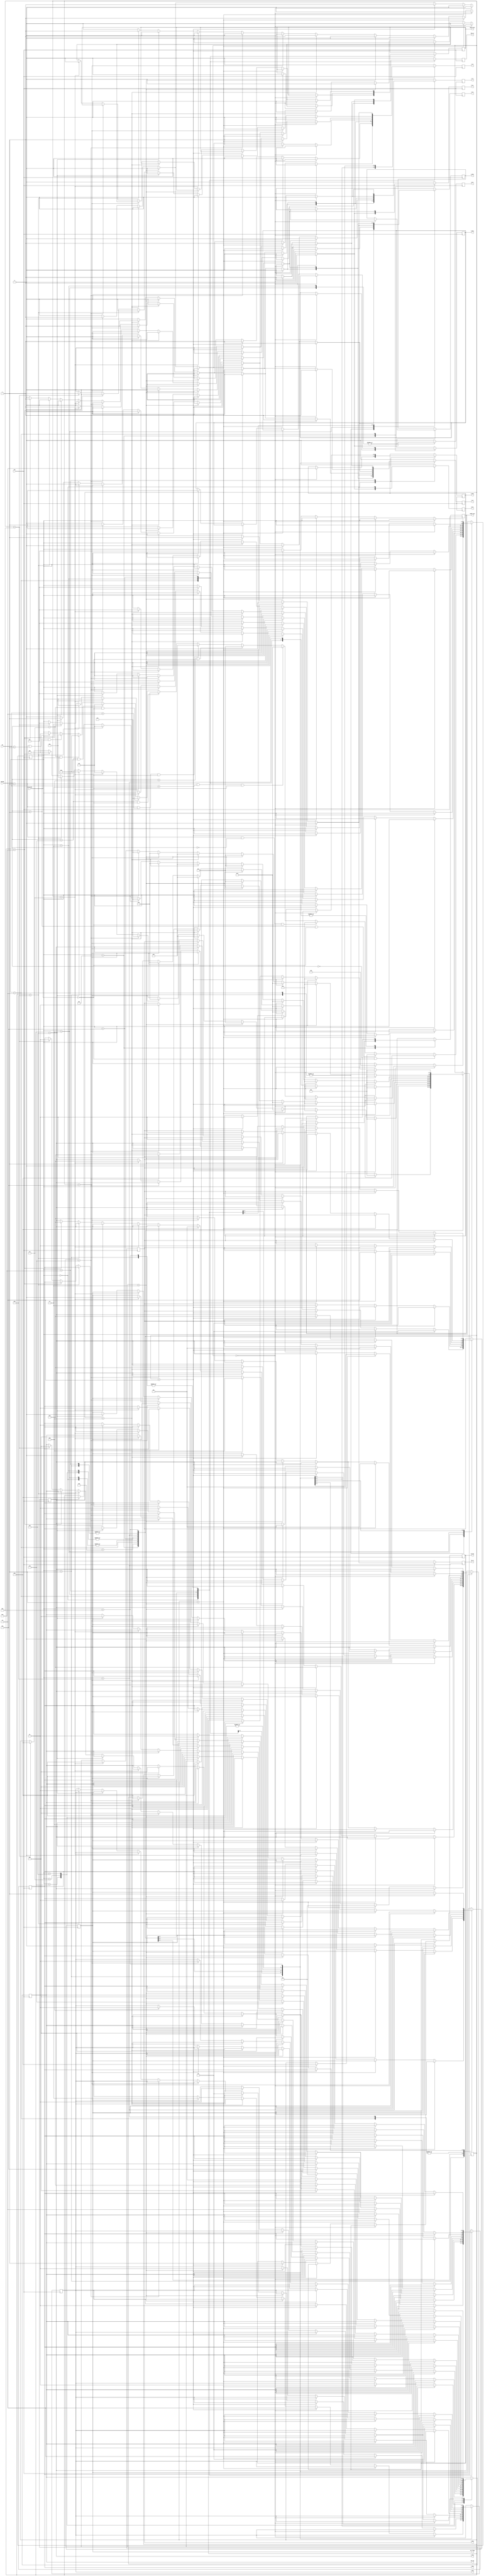
/*
Finite State Machine for Apollo Guidance Computer build
*/

`define AD 3'd0
`define SU 3'd1
`define MASK 3'd2
`define MP0 3'd3
`define MP1 3'd4
`define DV0 3'd5
`define DV1 3'd6

module controlPulses (
	input clk,
	input [2:0] opcode,
	input [1:0] qc,
	input extracode,
	output reg ext_flag, mem_wr, lp_wr, g_wr, q_wr, b_wr, a_wr, y_wr, x_wr, z_wr,
	output reg maddr_mux, mdata_mux, lp_mux, g_mux, b_mux,
	output reg [1:0] q_mux, a_mux, x_mux, z_mux,
	output reg [2:0] alu_op, y_mux
	);

	// state variables
	reg [4:0] state;
	reg [4:0] count;

	// state constants
	parameter preLoad = 5'd12; // For getting stuff out of memory
	parameter Load = 5'd13; // For executing: Mem(PC) into B
	parameter Tc = 5'd0;
	parameter Ccs = 5'd1;
	parameter Index = 5'd2;
	parameter Xch = 5'd3;
	parameter Cs = 5'd4;
	parameter Ts = 5'd5;
	parameter Ad = 5'd6;
	parameter Mask = 5'd7;
	parameter Su = 5'd8;
	parameter Mp = 5'd9;
	parameter Dv = 5'd10;
	parameter Extend = 5'd11;

	initial state = preLoad;
	initial count = 0;
	initial z_wr = 0;
	initial ext_flag = 0;
	initial a_wr = 0;
	initial b_wr = 0;
	initial x_wr = 0;
	initial y_wr = 0;
	initial q_wr = 0;
	initial lp_wr = 0;
	initial g_wr = 0; 
	initial mem_wr = 0; 

	// mapping state to output wr/mux flags
	always @ (posedge clk) begin

		mem_wr <= 0;
		lp_wr <= 0;
		g_wr <= 0;
		q_wr <= 0;
		b_wr <= 0;
		a_wr <= 0;
		y_wr <= 0;
		x_wr <= 0;
		z_wr <= 0;

		case(state)

			preLoad : begin 
				if (count == 0) begin
					maddr_mux<=0; b_mux<=0; b_wr<=1;
					count <= 1;
				end

				else if (count == 1) begin
					state <= Load;
					count <= 0;
				end
				
			end

			Load : begin
				if (opcode == 3'd0 && extracode == 0) begin
					state <= Tc;
					count <= 0;
				end

				else if (opcode == 3'd1 && extracode == 0) begin
					state <= Ccs;
					count <= 0;
				end

				else if (opcode == 3'd5 && qc == 2'd0 && extracode == 0) begin
					state <= Index;
					count <= 0;
				end

				else if (opcode == 3'd5 && qc == 2'd3 && extracode == 0) begin
					state <= Xch;
					count <= 0;
				end

				else if (opcode == 3'd4 && extracode == 0) begin
					state <= Cs;
					count <= 0;
				end

				else if (opcode == 3'd5 && qc == 2'd2 && extracode == 0) begin
					state <= Ts;
					count <= 0;
				end

				else if (opcode == 3'd6 && extracode == 0) begin
					state <= Ad;
					count <= 0;
				end

				else if (opcode == 3'd7 && extracode == 0) begin
					state <= Mask;
					count <= 0;
				end

				else if (opcode == 3'd6 && extracode == 1) begin
					state <= Su;
					count <= 0;
				end

				else if (opcode == 3'd7 && extracode == 1) begin
					state <= Mp;
					count <= 0;
				end

				else if (opcode == 3'd1 && extracode == 1) begin
					state <= Dv;
					count <= 0;
				end

				else if (opcode == 3'd5 && qc == 1) begin
					state <= Extend;
					count <= 0;
				end

				else begin
					count <= 0;
				end

			end

			Tc : begin
				if (count == 0) begin
					q_mux<=2'd2; q_wr<=1;
					count <= 1;
				end

				else if (count == 1) begin
					z_mux<=2'd2; z_wr<=1;
					count <= 2;
				end

				else if (count == 2) begin
					ext_flag<=0;
					count <= 3;
				end

				else if (count == 3) begin
					x_mux<=2'd1; x_wr<=1;
					count <= 4;
				end

				else if (count == 4) begin
					y_mux<=3'd2; y_wr<=1;
					count <= 5;
				end

				else if (count == 5) begin
					z_mux<=2'd1; z_wr<=1; alu_op<=`AD;
					state <= preLoad;
					count <=0;
				end

			end

			Ccs : begin
				if (count == 0) begin
					maddr_mux<=1; a_mux<=2'd0; a_wr<=1;
					count <= 1;
				end

				else if (count == 1) begin
					y_mux<=3'd3; y_wr<=1;
					count <= 2;
				end

				else if (count == 2) begin
					x_mux<=2'd2; x_wr<=1;
					count <= 3;
				end

				else if (count == 3) begin
					z_mux<=1; z_wr<=1; alu_op<=`AD;
					count <= 4;
				end

				else if (count == 4) begin
					y_mux<=3'd4; y_wr<=1;
					count <= 5;
				end

				else if (count == 5) begin
					x_mux<=2'd3; x_wr<=1;
					count <= 6;
				end

				else if (count == 6) begin
					a_mux<=2'd1; a_wr<=1; alu_op<=`AD;
					count <= 7;
				end

				else if (count == 7) begin
					ext_flag<=0;
					state <= preLoad;
					count <=0;
				end
			end

			Index : begin
				if (count == 0) begin
					maddr_mux<=1; a_mux<=2'd0; a_wr<=1;
					count <= 1;
				end

				else if (count == 1) begin
					x_mux<=2'd2; x_wr<=1;
					count <= 2;
				end

				else if (count == 2) begin
					y_mux<=3'd2; y_wr<=1;
					count <= 3;
				end

				else if (count == 3) begin
					b_mux<=1; b_wr<=1; alu_op<=`AD;
					count <= 4;
				end

				else if (count == 4) begin
					x_mux<=2'd0; x_wr<=1;
					count <= 5;
				end

				else if (count == 5) begin
					y_mux<=3'd1; y_wr<=1;
					count <= 6;
				end

				else if (count == 6) begin
					a_mux<=2'd1; a_wr<=1; alu_op<=`AD;
					count <= 7;
				end

				else if (count == 7) begin
					mdata_mux<=0; mem_wr<=1;
					count <= 8;
				end

				else if (count == 8) begin
					ext_flag<=0;
					count <= 9;
				end

				else if (count == 9) begin
					x_mux<=2'd1; x_wr<=1;
					count <= 10;
				end

				else if (count == 10) begin
					y_mux<=3'd2; y_wr<=1;
					count <= 11;
				end

				else if (count == 11) begin
					z_mux<=2'd1; z_wr<=1; alu_op<=`AD;
					state <= preLoad;
					count <=0;
				end

			end

			Xch : begin
				if (count == 0) begin
					maddr_mux<=1; g_mux<=0; g_wr<=1;
					count <= 1;
				end

				else if (count == 1) begin
					mdata_mux<=0; mem_wr<=1;
					count <= 2;
				end

				else if (count == 2) begin
					a_mux<=2'd3; a_wr<=1;
					count <= 3;
				end

				else if (count == 3) begin
					ext_flag<=0;
					count <= 4;
				end

				else if (count == 4) begin
					x_mux<=2'd1; x_wr<=1;
					count <= 5;
				end

				else if (count == 5) begin
					y_mux<=3'd2; y_wr<=1;
					count <= 6;
				end

				else if (count == 6) begin
					z_mux<=2'd1; z_wr<=1; alu_op<=`AD;
					state <= preLoad;
					count <=0;
				end

			end

			Cs : begin
				if (count == 0) begin
					maddr_mux<=1; g_mux<=0; g_wr<=1; a_mux<=2'd0; a_wr<=1;
					count <= 1;
				end

				else if (count == 1) begin
					a_mux<=2'd2; a_wr<=1;
					count <= 2;
				end

				else if (count == 2) begin
					ext_flag<=0;
					count <= 3;
				end

				else if (count == 3) begin
					x_mux<=2'd1; x_wr<=1;
					count <= 4;
				end

				else if (count == 4) begin
					y_mux<=3'd2; y_wr<=1;
					count <= 5;
				end

				else if (count == 5) begin
					z_mux<=2'd1; z_wr<=1; alu_op<=`AD;
					state <= preLoad;
					count <=0;
				end

			end

			Ts : begin
				if (count == 0) begin
					mdata_mux<=0; mem_wr<=1; maddr_mux<=1;
					count <= 1;
				end

				else if (count == 1) begin
					ext_flag<=0;
					count <= 2;
				end

				else if (count == 2) begin
					x_mux<=2'd1; x_wr<=1;
					count <= 3;
				end

				else if (count == 3) begin
					y_mux<=3'd2; y_mux<=1;
					count <= 4;
				end

				else if (count == 4) begin
					z_mux<=2'd1; z_wr<=1;
					state <= preLoad;
					count <=0;
				end

			end

			Ad : begin
				if (count == 0) begin
					maddr_mux<=1; x_mux<=2'd0; x_wr<=1;
					count <= 1;
				end

				else if (count == 1) begin
					y_mux<=3'd1; y_wr<=1;
					count <= 2;
				end

				else if (count == 2) begin
					a_mux<=2'd1; a_wr<=1; alu_op<=`AD;
					count <= 3;
				end

				else if (count == 3) begin
					ext_flag<=0;
					count <= 4;
				end

				else if (count == 4) begin
					x_mux<=2'd1; x_wr<=1;
					count <= 5;
				end

				else if (count == 5) begin
					y_mux<=3'd2; y_wr<=1;
					count <= 6;
				end

				else if (count == 6) begin
					z_mux<=2'd1; z_wr<=1; alu_op<=`AD;
					state <= preLoad;
					count <=0;
				end

			end

			Mask : begin
				if (count == 0) begin
					maddr_mux<=1; x_mux<=2'd0; x_wr<=1;
					count <= 1;
				end

				else if (count == 1) begin
					y_mux<=3'd1; y_wr<=1;
					count <= 2;
				end

				else if (count == 2) begin
					a_mux<=2'd1; a_wr<=1; alu_op<=`MASK;
					count <= 3;
				end

				else if (count == 3) begin
					ext_flag<=0;
					count <= 4;
				end

				else if (count == 4) begin
					x_mux<=2'd1; x_wr<=1;
					count <= 5;
				end

				else if (count == 5) begin
					y_mux<=3'd2; y_wr<=1;
					count <= 6;
				end

				else if (count == 6) begin
					z_mux<=2'd1; z_wr<=1; alu_op<=`AD;
					state <= preLoad;
					count <=0;
				end

			end

			Su : begin
				if (count == 0) begin
					maddr_mux<=1; x_mux<=2'd0; x_wr<=1;
					count <= 1;
				end

				else if (count == 1) begin
					y_mux<=3'd1; y_wr<=1;
					count <= 2;
				end

				else if (count == 2) begin
					a_mux<=2'd1; a_wr<=1; alu_op<=`SU;
					count <= 3;
				end

				else if (count == 3) begin
					ext_flag<=0;
					count <= 4;
				end

				else if (count == 4) begin
					x_mux<=2'd1; x_wr<=1;
					count <= 5;
				end

				else if (count == 5) begin
					y_mux<=3'd2; y_wr<=1;
					count <= 6;
				end

				else if (count == 6) begin
					z_mux<=2'd1; z_wr<=1; alu_op<=`AD;
					state <= preLoad;
					count <=0;
				end

			end

			Mp : begin

				if (count == 0) begin
					maddr_mux<=1; x_mux<=2'd0; x_wr<=1;
					count <= 1;
				end

				else if (count == 1) begin
					y_mux<=3'd1; y_wr<=1;
					count <= 2;
				end

				else if (count == 2) begin
					lp_mux<=1; lp_wr<=1; alu_op<=`MP0;
					count <= 3;
				end

				else if (count == 3) begin
					alu_op<=`MP1;
					count <=4;
				end

				else if (count == 4) begin
					a_mux<=2'd1; a_wr<=1; alu_op<=`MP1;
					count <= 5;
				end

				else if (count == 5) begin
					count <= 6;
				end

				else if (count == 6) begin
					x_mux<=2'd1; x_wr<=1;
					count <= 7;
				end

				else if (count == 7) begin
					y_mux<=3'd2; y_wr<=1;
					count <= 8;
				end

				else if (count == 8) begin
					ext_flag<=0;
					z_mux<=2'd1; z_wr<=1; alu_op<=`AD;
					state <= preLoad;
					count <=0;
				end

			end

			Dv : begin

				if (count == 0) begin
					maddr_mux<=1; x_mux<=2'd0; x_wr<=1;
					count <= 1;
				end

				else if (count == 1) begin
					y_mux<=3'd1; y_wr<=1;
					count <= 2;
				end

				else if (count == 2) begin
					q_mux<=1; q_wr<=1; alu_op<=`DV0;
					count <= 3;
				end

				else if (count == 3) begin
					a_mux<=2'd1; a_wr<=1; alu_op<=`DV1;
					count <= 4;
				end

				else if (count == 4) begin
					ext_flag<=0;
					count <= 5;
				end

				else if (count == 5) begin
					x_mux<=2'd1; x_wr<=1;
					count <= 6;
				end

				else if (count == 6) begin
					y_mux<=3'd2; y_wr<=1;
					count <= 7;
				end

				else if (count == 7) begin
					z_mux<=2'd1; z_wr<=1; alu_op<=`AD;
					state <= preLoad;
					count <=0;
				end

			end

			Extend : begin
				if (count == 0) begin
					ext_flag<=1;
					count <= 1;
				end

				else if (count == 1) begin
					x_mux<=2'd1; x_wr<=1;
					count <= 2;
				end

				else if (count == 2) begin
					y_mux<=3'd2; y_wr<=1;
					count <= 3;
				end

				else if (count == 3) begin
					z_mux<=2'd1; z_wr<=1; alu_op<=`AD;
					state <= preLoad;
					count <=0;
				end
			end

		endcase

	end

endmodule